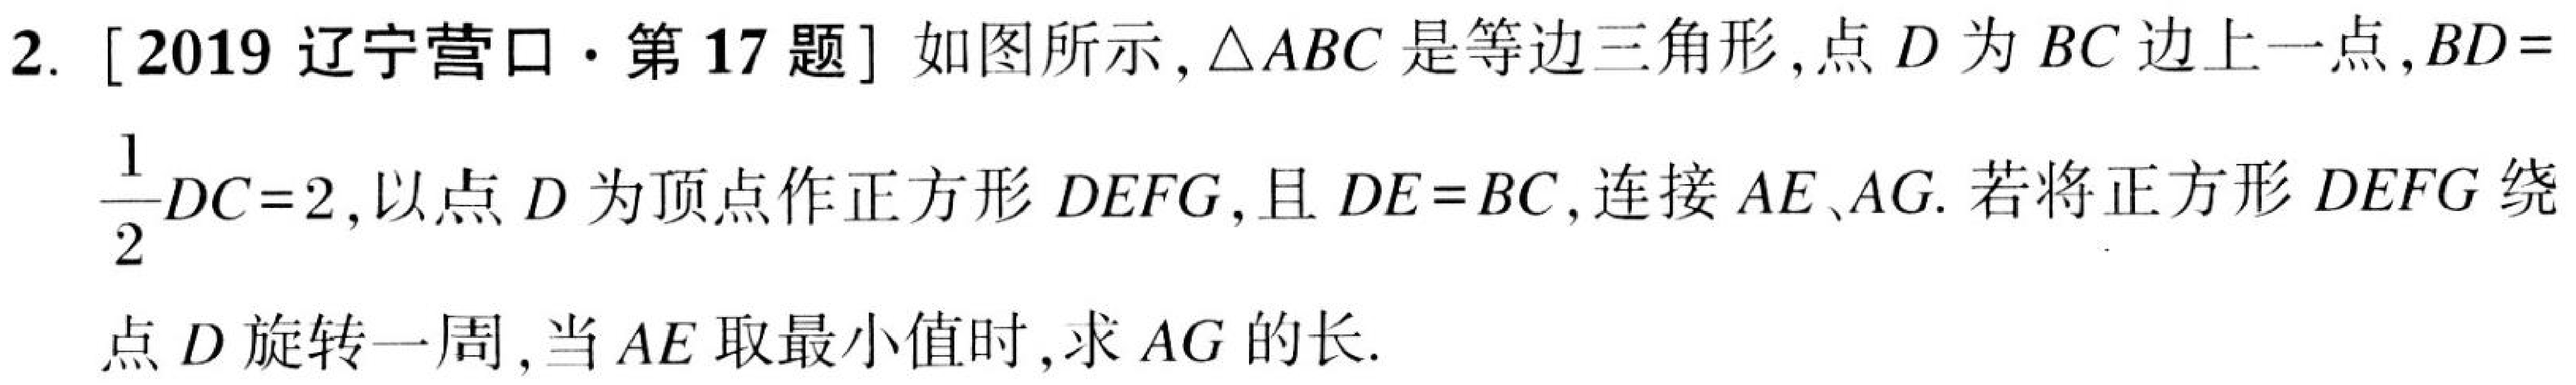
2. [2019 辽宁营口·第17题] 如图所示,\(\triangle ABC\) 是等边三角形,点 \(D\) 为 \(BC\) 边上一点,\(BD = \frac{1}{2}DC = 2\),以点 \(D\) 为顶点作正方形 \(DEFG\),且 \(DE = BC\),连接 \(AE\)、\(AG\).若将正方形 \(DEFG\) 绕
点 \(D\) 旋转一周,当 \(AE\) 取最小值时,求 \(AG\) 的长.